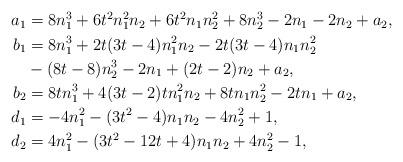
LaTeX: \begin{align*}\begin{aligned}a_1 &= 8n_1^3+6t^2n_1^2n_2+6t^2n_1n_2^2+8n_2^3-2n_1-2n_2+a_2,\\b_1 &= 8n_1^3+2t(3t-4)n_1^2n_2-2t(3t-4)n_1n_2^2\\& -(8t-8)n_2^3-2n_1+(2t-2)n_2+a_2,\\ b_2 &= 8tn_1^3+4(3t-2)tn_1^2n_2+8tn_1n_2^2-2tn_1+a_2, \\d_1 &= -4n_1^2-(3t^2-4)n_1n_2-4n_2^2+1,\\ d_2 &= 4n_1^2-(3t^2-12t+4)n_1n_2+4n_2^2-1,\end{aligned} \end{align*}